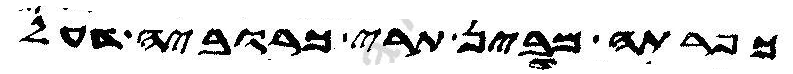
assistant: כפרתה מבין תרי כרוביה דעל